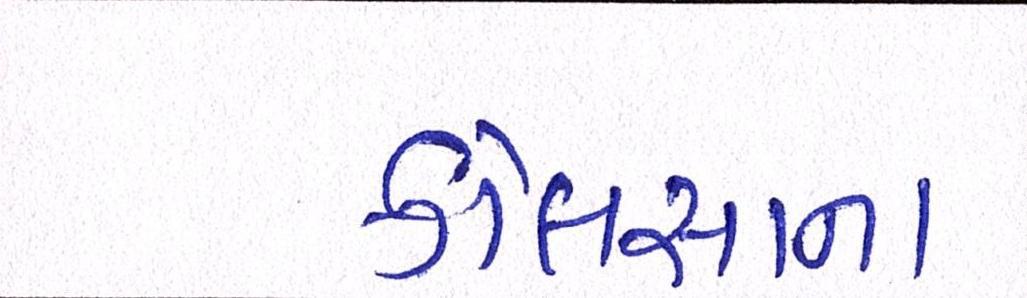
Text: કોલસાના